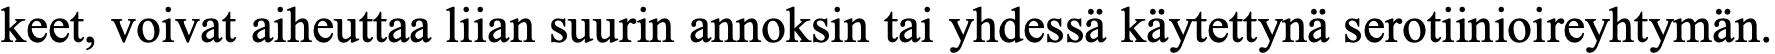
keet, voivat aiheuttaa liian suurin annoksin tai yhdessä käytettynä serotiinioireyhtymän.